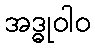
အဒ္ဓုဝါဝ